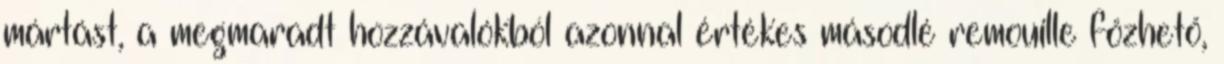
mártást, a megmaradt hozzávalókból azonnal értékes másodlé remouille főzhető,